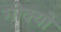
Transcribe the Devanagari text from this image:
गोक्यो